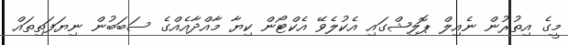
މީގެ އިތުރުން ނެއިލް ޕޮލިޝްގައި އެކުލެވޭ އެކްޓޯން ކިޔާ މާއްދާއެއްގެ ސަބަބުން ނިޔަފަތިތައް